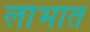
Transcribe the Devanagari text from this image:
लाभात